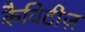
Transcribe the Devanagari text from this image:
कैविटीज़